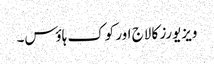
ویزیورز کا لاج اور کوک ہاؤس۔